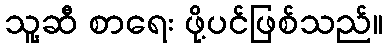
သူ့ဆီ စာရေး ဖို့ပင်ဖြစ်သည်။